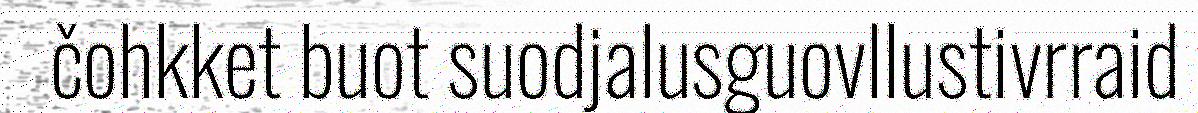
čohkket buot suodjalusguovllustivrraid